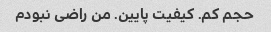
حجم کم. کیفیت پایین. من راضی نبودم